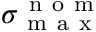
\sigma _ { \mathrm { ~ m ~ a ~ x ~ } } ^ { \mathrm { ~ n ~ o ~ m ~ } }